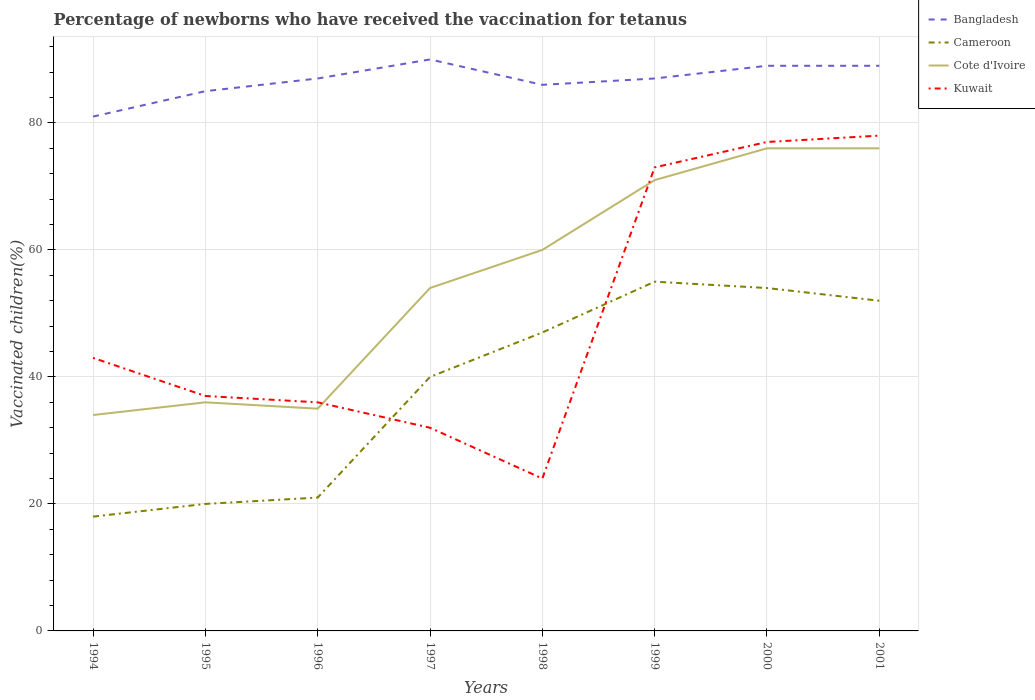
| Years | Bangladesh | Cameroon | Cote d'Ivoire | Kuwait |
 | --- | --- | --- | --- | --- |
 | 1994 | 81 | 18 | 34 | 43 |
 | 1995 | 85 | 20 | 36 | 37 |
 | 1996 | 87 | 21 | 35 | 36 |
 | 1997 | 90 | 40 | 54 | 32 |
 | 1998 | 86 | 47 | 60 | 24 |
 | 1999 | 87 | 55 | 71 | 73 |
 | 2000 | 89 | 54 | 76 | 77 |
 | 2001 | 89 | 52 | 76 | 78 |